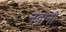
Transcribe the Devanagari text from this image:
नवानी